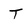
Character: T